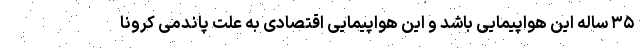
۳۵ ساله این هواپیمایی باشد و این هواپیمایی اقتصادی به علت پاندمی کرونا